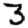
Digit: 3